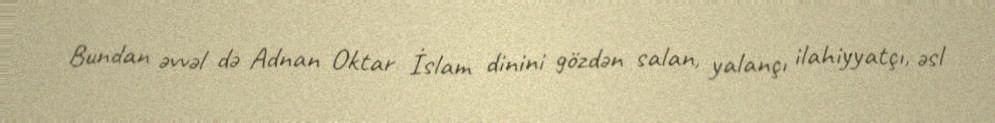
Bundan əvvəl də Adnan Oktar İslam dinini gözdən salan, yalançı ilahiyyatçı, əsl